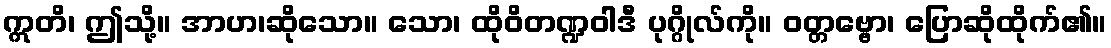
ဣတိ၊ ဤသို့။ အာဟ၊ဆိုသော။ သော၊ ထိုဝိတဏ္ဍဝါဒီ ပုဂ္ဂိုလ်ကို။ ဝတ္တဗ္ဗော၊ ပြောဆိုထိုက်၏။